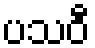
ပသဝီ